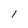
Character: 1